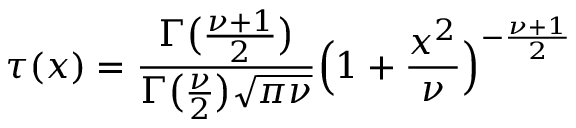
\tau ( x ) = { \frac { \Gamma { \bigl ( } { \frac { \nu + 1 } { 2 } } { \bigr ) } } { \Gamma { \bigl ( } { \frac { \nu } { 2 } } { \bigr ) } { \sqrt { \pi \nu } } } } { \Bigl ( } 1 + { \frac { x ^ { 2 } } { \nu } } { \Bigr ) } ^ { - { \frac { \nu + 1 } { 2 } } }